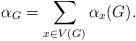
LaTeX: \begin{align*}\alpha_G=\sum_{x\in V(G)}\alpha_x(G).\end{align*}